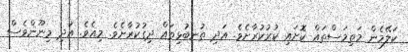
ކަލޭމެން މަތިމަސްތައް ކޮށައި ކުރުކުރާށެވެ. އަދި ތުނބުޅިތައް ދިގުކުރާށެވެ. މިއެވެ. އަދި މިނޫންވެސް